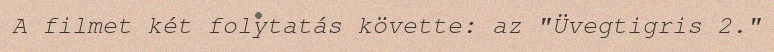
A filmet két folytatás követte: az "Üvegtigris 2."